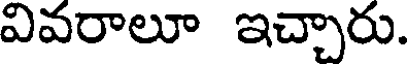
వివరాలూ ఇచ్చారు.